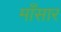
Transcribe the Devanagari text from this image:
माँसार